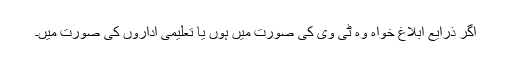
اگر ذرایع ابلاغ خواہ وہ ٹی وی کی صورت میں ہوں یا تعلیمی اداروں کی صورت میں۔